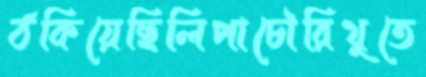
ঠকিয়েছিলিপাচৌরিথুতে